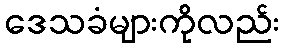
ဒေသခံများကိုလည်း